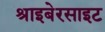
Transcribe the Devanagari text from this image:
श्राइबेरसाइट